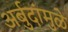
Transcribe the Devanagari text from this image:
अर्बुदांमुळे